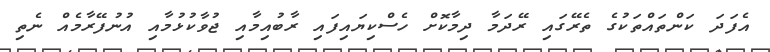
އެފަދަ ކަންތައްތަކުގެ ތެރޭގައި ރޭދަމާ ދިމާކޮށް ހެސްކިޔައިފައި ރާބުއިމާއި ޖުވާކުޅުމާއި އުނުފޭރާމެއް ނެތި